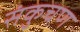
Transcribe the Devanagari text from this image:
संकुचण